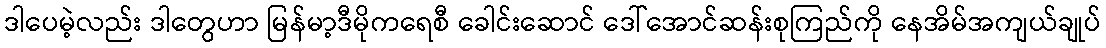
ဒါပေမဲ့လည်း ဒါတွေဟာ မြန်မာ့ဒီမိုကရေစီ ခေါင်းဆောင် ဒေါ်အောင်ဆန်းစုကြည်ကို နေအိမ်အကျယ်ချုပ်